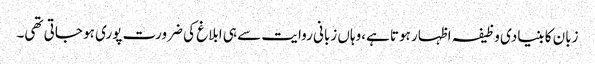
زبان کا بنیادی وظیفہ اظہار ہوتا ہے،وہاں زبانی روایت سے ہی ابلاغ کی ضرورت پوری ہو جاتی تھی۔